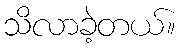
သိလာခဲ့တယ်။